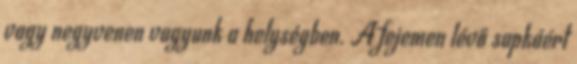
vagy negyvenen vagyunk a helységben. A fejemen lévő sapkáért